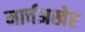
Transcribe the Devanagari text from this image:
मार्चअखेर